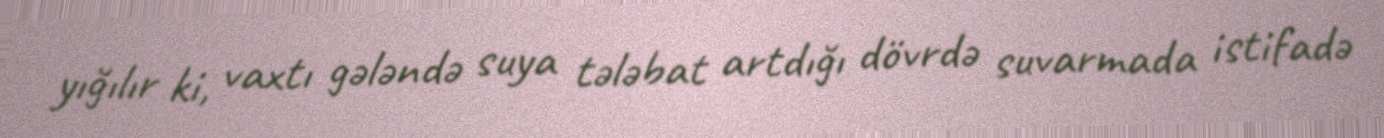
yığılır ki, vaxtı gələndə suya tələbat artdığı dövrdə suvarmada istifadə